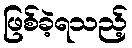
ဖြစ်ခဲ့ရသည့်